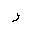
Letter: _ra